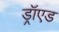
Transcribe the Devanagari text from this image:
ड्रॉएड